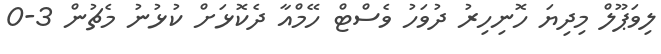
ލިވަޕޫލް މިދިޔަ ހޮނިހިރު ދުވަހު ވެސްޓް ހޭމްއާ ދެކޮޅަށް ކުޅުނު މެޗުން 3-0